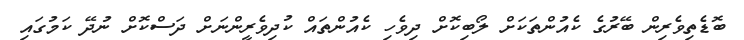
ބޮޑެތިވެރިން ބޭރުގެ ކެއުންތަކަށް ލޯބިކޮށް ދިވެހި ކެއުންތައް ކުދިވެރީންނަށް ދަސްކޮށް ނުދޭ ކަމުގައި